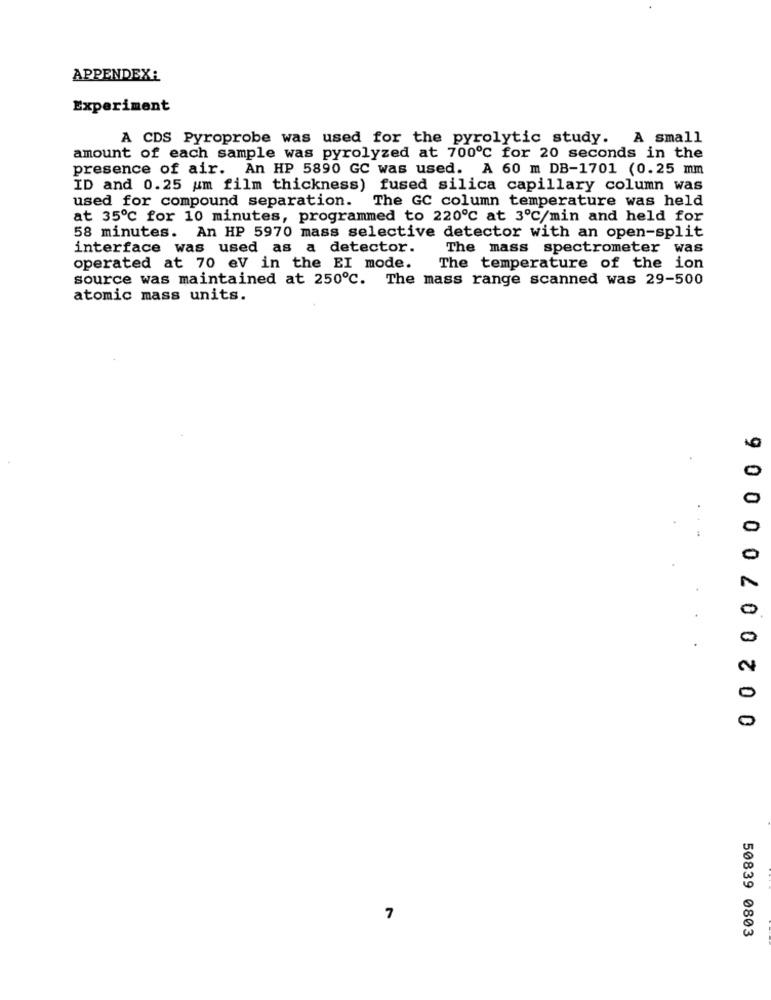
APPENDEX:
Experiment
A CDS Pyroprobe was used for the pyrolytic study. A small
amount of each sample was pyrolyzed at 700℃ for 20 seconds in the
presence of air. An HP 5890 GC was used. A 60 m DB-1701 (0.25 mm
ID and 0.25 um film thickness) fused silica capillary column was
used for compound separation.
The GC column temperature was held
at 35℃ for 10 minutes, programmed to 220℃ at 3℃/min and held for
58 minutes. An HP 5970 mass selective detector with an open-split
interface was used as a detector.
The mass spectrometer was
operated at 70 ev in the EI mode.
The temperature of the ion
source was maintained at 250℃. The mass range scanned was 29-500
atomic mass units.
0 02007 0 0 0 06
7
50839 0803